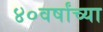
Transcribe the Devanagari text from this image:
४०वर्षांच्या